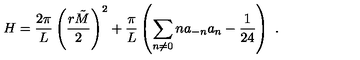
H = \frac { 2 \pi } { L } \left( \frac { r \tilde { M } } { 2 } \right) ^ { 2 } + \frac { \pi } { L } \left( \sum _ { n \neq 0 } n a _ { - n } a _ { n } - \frac { 1 } { 2 4 } \right) \ .